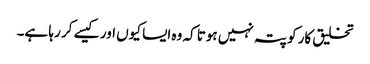
تخلیق کار کو پتہ نہیں ہوتا کہ وہ ایسا کیوں اور کیسے کر رہا ہے۔